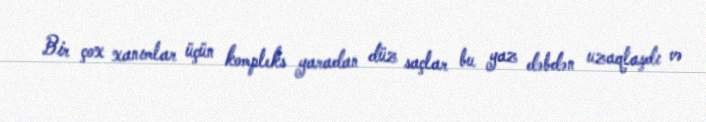
Bir çox xanımlar üçün kompleks yaradan düz saçlar bu yaz dəbdən uzaqlaşdı və